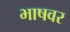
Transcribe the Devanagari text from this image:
भाषवर